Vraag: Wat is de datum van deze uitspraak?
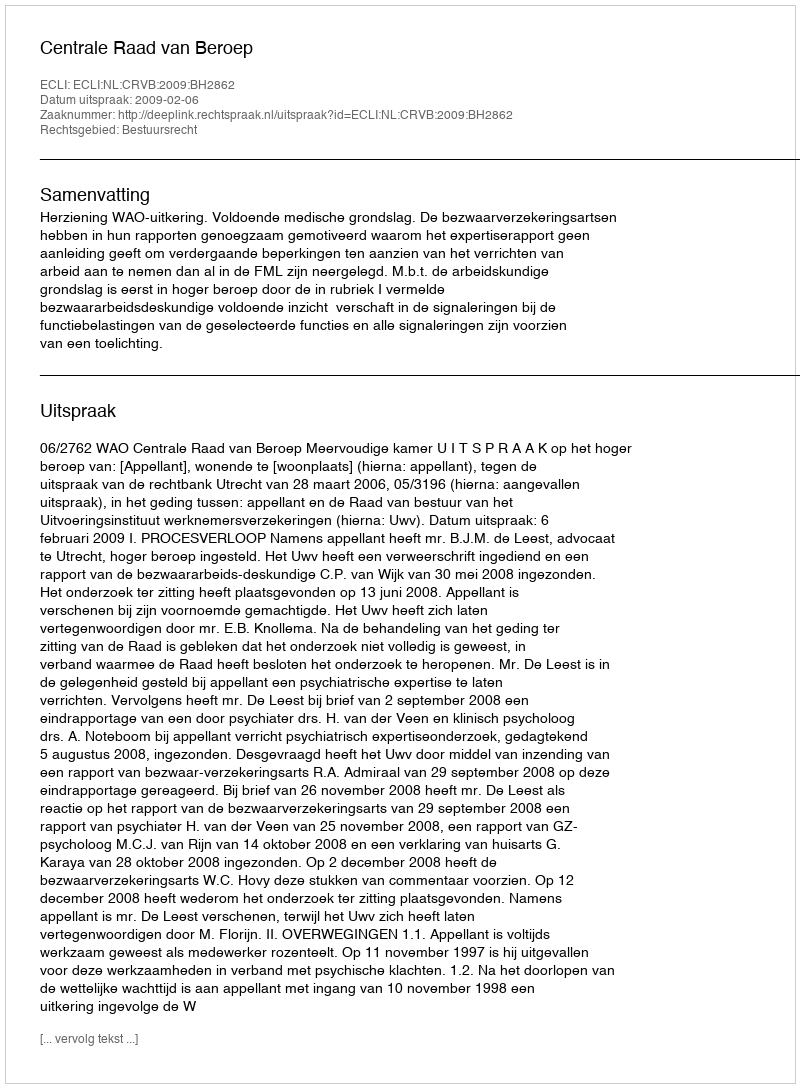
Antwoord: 2009-02-06